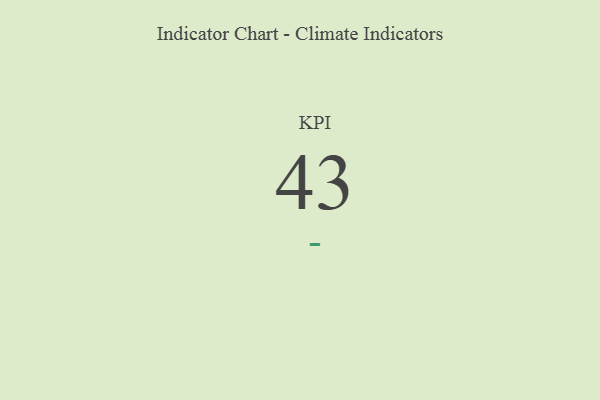
{"axis": {"x": "KPI", "y": "Value"}, "legend": [""], "data": [{"x": "KPI", "y": 43, "type": ""}]}